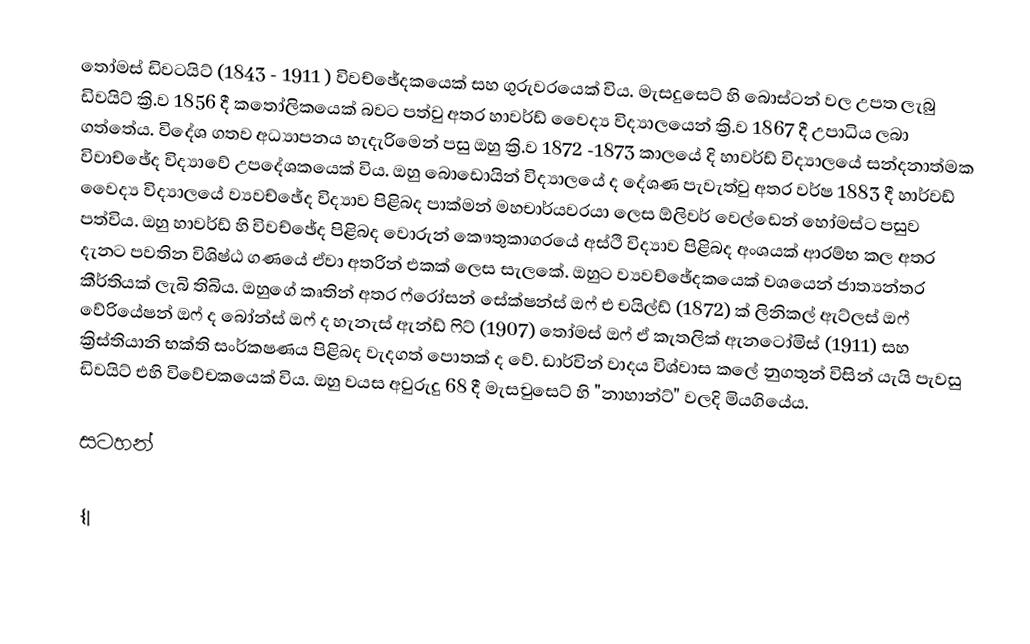
තෝමස් ඩිවටයිට් (1843 - 1911 ) විවච්ඡේදකයෙක් සහ ගුරුවරයෙක් විය. මැසදුසෙට් හි බොස්ටන් වල උපත ලැබු ඩිවයිට් ක්‍රි.ව 1856 දී කතෝලිකයෙක් බවට පත්වු අතර හාවර්ඩ් වෛද්‍ය විද්‍යාලයෙන් ක්‍රි.ව 1867 දී උපාධිය ලබා ගත්තේය. විදේශ ගතව අධ්‍යාපනය හැදැරිමෙන් පසු ඔහු ක්‍රි.ව 1872 -1873 කාලයේ දි හාවර්ඩ් විද්‍යාලයේ සන්දනාත්මක විවාච්ඡේද විද්‍යාවේ උපදේශකයෙක් විය. ඔහු බොඩොයින් විද්‍යාලයේ ද දේශණ පැවැත්වු අතර වර්ෂ 1883 දී හාර්වඩ් වෛද්‍ය විද්‍යාලයේ ව්‍යවච්ඡේද විද්‍යාව පිළිබද පාක්මන් මහචාර්යවරයා ලෙස ඕලිවර් වෙල්ඩෙන් හෝමස්ට පසුව පත්විය. ඔහු හාවර්ඩ් හි වි‍වච්ඡේද පිළිබද වොරුන් කෞතුකාගරයේ අස්ථි විද්‍යාව පිළිබද අංශයක් ආරම්භ කල අතර දැනට පවතින විශිෂ්ඨ ගණයේ ඒවා අතරින් එකක් ලෙස සැලකේ. ඔහුට ව්‍යවච්ඡේදකයෙක් වශයෙන් ජාත්‍යන්තර කීර්තියක් ලැබි තිබිය. ඔහුගේ කෘතින් අතර ‍‍ෆ්රෝසන් සේක්ෂන්ස් ඔෆ් එ චයිල්ඩ් (1872) ක් ලිනිකල් ඇට්ලස් ඔෆ් වේරියේෂන් ඔෆ් ද බෝන්ස් ඔෆ් ද හැනැස් ඇන්ඩ් ෆිට් (1907) තෝමස් ඔෆ් ඒ කැතලික් ඇනටෝමිස් (1911) සහ ක්‍රිස්තියානි භක්ති සංර්කෂණය පිළිබද වැදගත් පොතක් ද වේ. ඩාර්වින් වාදය විශ්වාස කලේ නුගතුන් විසින් යැයි පැවසු ඩිවයිට් එහි ‍විවේචකයෙක් විය. ඔහු වයස අවුරුදු 68 දී මැසචුසෙට් හි "නාහාන්ට්"  වලදි මියගියේය.

සටහන්

{|